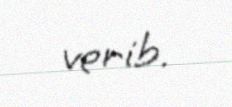
verib.